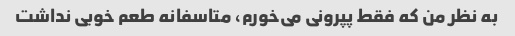
به نظر من که فقط پپرونی می‌خورم، متاسفانه طعم خوبی نداشت